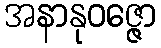
အနာနုဝဇ္ဇော